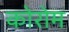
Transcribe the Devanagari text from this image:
कोरोम